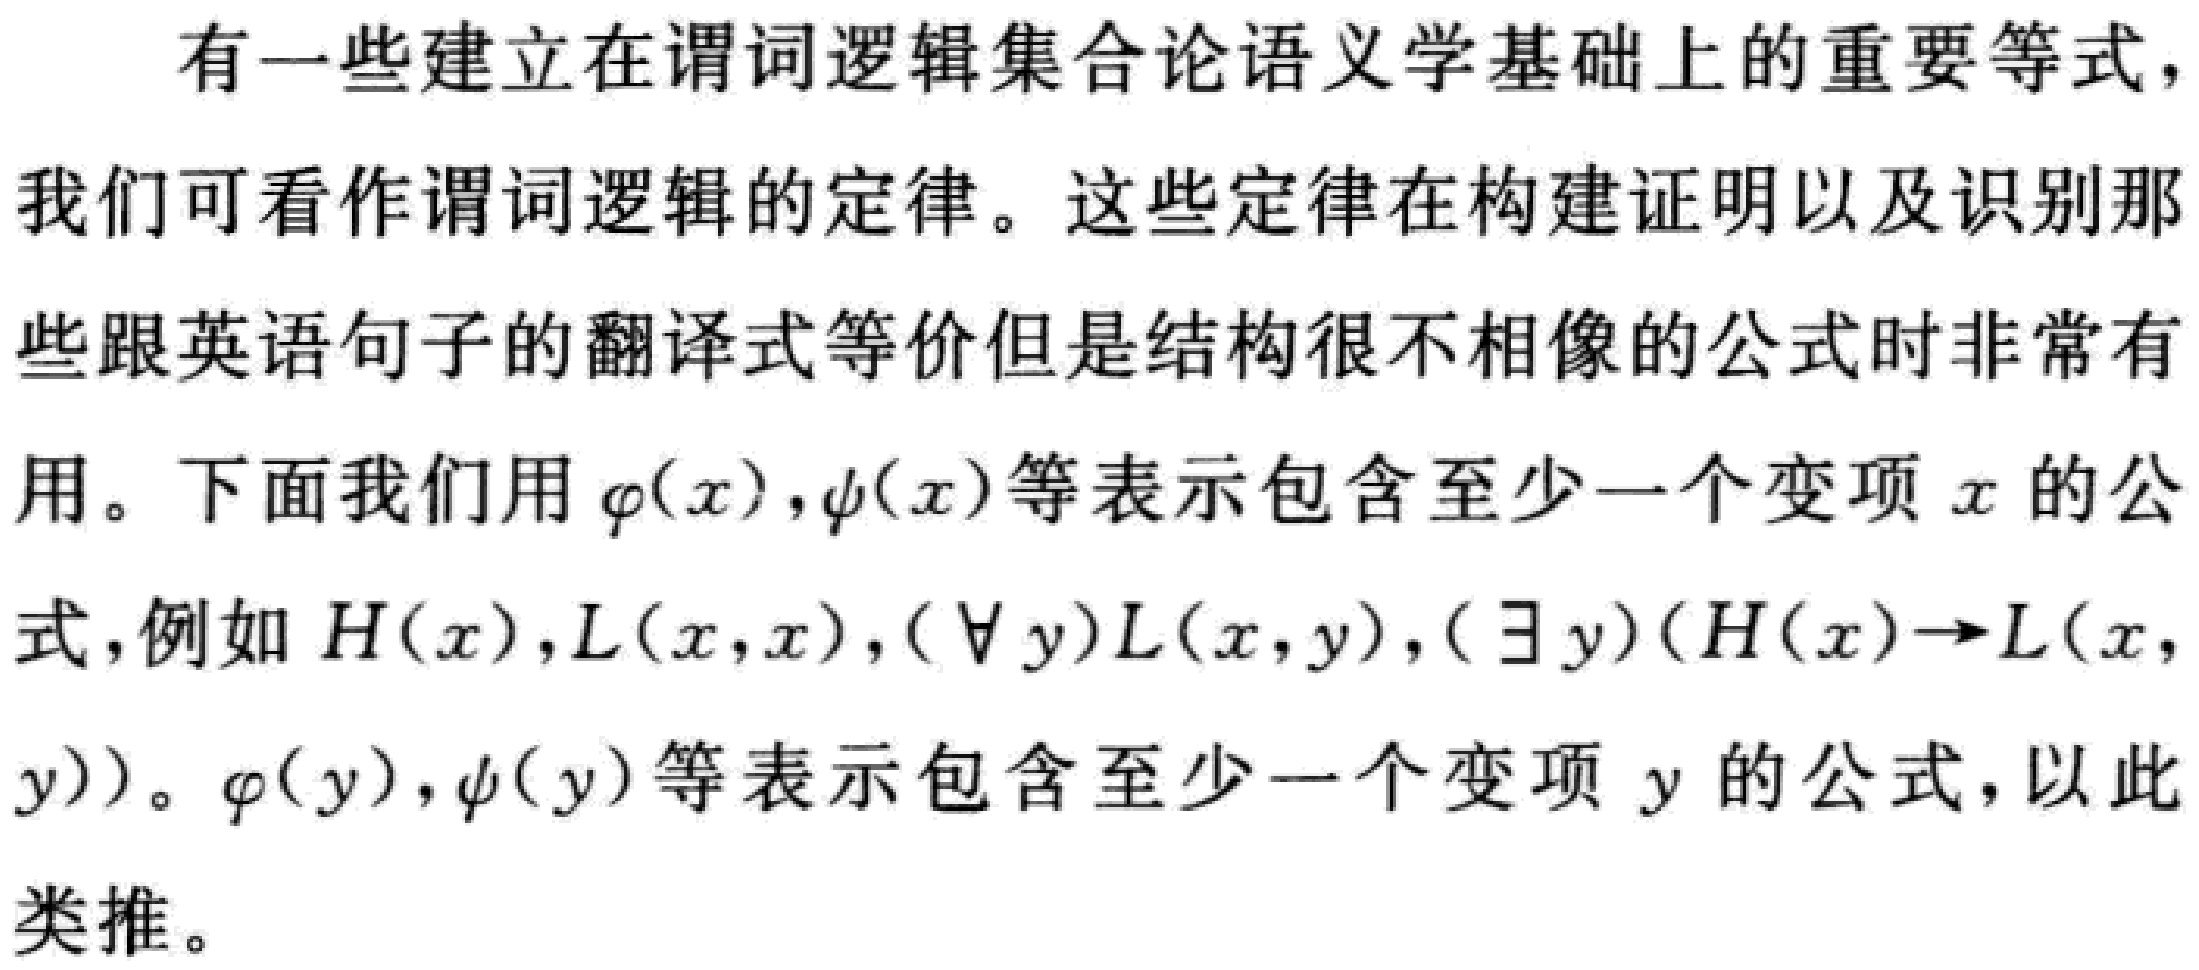
有一些建立在谓词逻辑集合论语义学基础上的重要等式，我们可看作谓词逻辑的定律。这些定律在构建证明以及识别那些跟英语句子的翻译式等价但是结构很不相像的公式时非常有用。下面我们用$\varphi(x),\psi(x)$等表示包含至少一个变项$x$的公式，例如$H(x),L(x,x),(\forall y)L(x,y),(\exists y)(H(x)\to L(x,y))$。$\varphi(y),\psi(y)$等表示包含至少一个变项$y$的公式，以此类推。